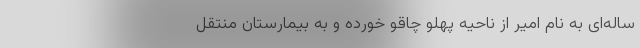
ساله‌ای به نام امیر از ناحیه پهلو چاقو خورده و به بیمارستان منتقل